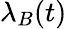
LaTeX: \lambda_{B}(t)